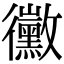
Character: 黴